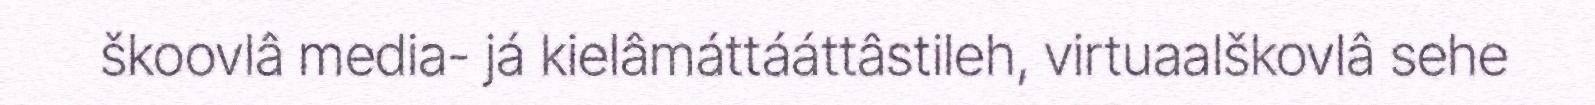
škoovlâ media- já kielâmáttááttâstileh, virtuaalškovlâ sehe